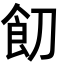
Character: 䬢